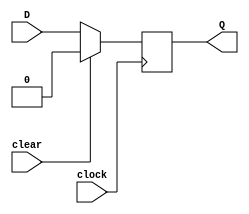
// Positive edge triggered D flip-flop with synchronous reset
module DFF_sync (
    input D,clock, clear,
    output reg Q
);

    always @(posedge clock)
    begin
        if(clear) // Resetting if clear is set and clock edge is positive
        Q = 1'b0;
        else
        Q = D; // Setting the value of output
    end
endmodule

// Positive edge triggered D flip-flop with asynchronous reset
module DFF_asynch (
    input D,clock,clear,
    output reg Q
);
    always @(posedge clock or posedge clear)
    begin        
        if (clear) // Resetting if clear is set
            Q = 1'b0;
        else
            Q = D; // Setting the value of output
    end
endmodule